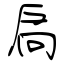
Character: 扃